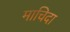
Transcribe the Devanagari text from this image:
माचिदा